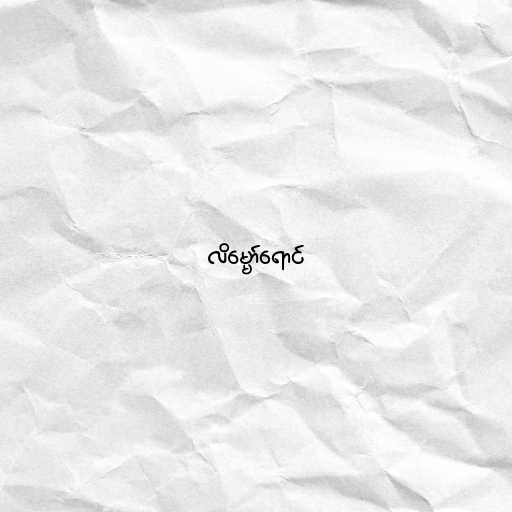
လိမ္မော်ရောင်